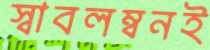
স্বাবলম্বনই